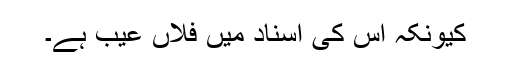
کیونکہ اس کی اسناد میں فلاں عیب ہے۔